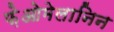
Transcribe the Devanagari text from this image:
फ़ेओमेलानिन